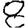
Digit: 8